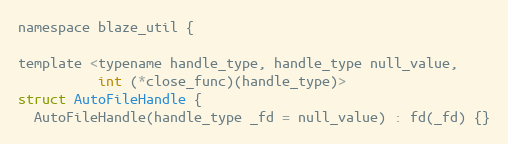
Language: C
namespace blaze_util {

template <typename handle_type, handle_type null_value,
          int (*close_func)(handle_type)>
struct AutoFileHandle {
  AutoFileHandle(handle_type _fd = null_value) : fd(_fd) {}